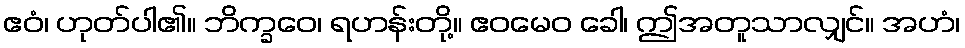
ဧဝံ၊ ဟုတ်ပါ၏။ ဘိက္ခဝေ၊ ရဟန်းတို့။ ဧဝမေဝ ခေါ၊ ဤအတူသာလျှင်။ အဟံ၊